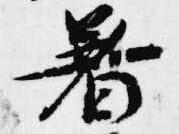
着